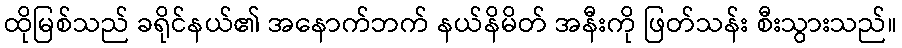
ထိုမြစ်သည် ခရိုင်နယ်၏ အနောက်ဘက် နယ်နိမိတ် အနီးကို ဖြတ်သန်း စီးသွားသည်။